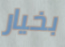
بخيار